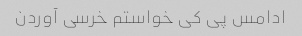
ادامس پی کی خواستم خرسی آوردن